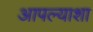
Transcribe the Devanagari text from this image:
आपल्याशा